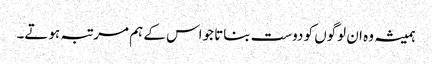
ہمیشہ وہ ان لوگوں کو دوست بناتا جواس کے ہم مر تبہ ہوتے۔